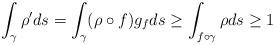
LaTeX: \begin{align*}\int_{\gamma}\rho' ds=\int_\gamma (\rho\circ f)g_f ds\geq \int_{f\circ \gamma}\rho ds\geq 1\end{align*}